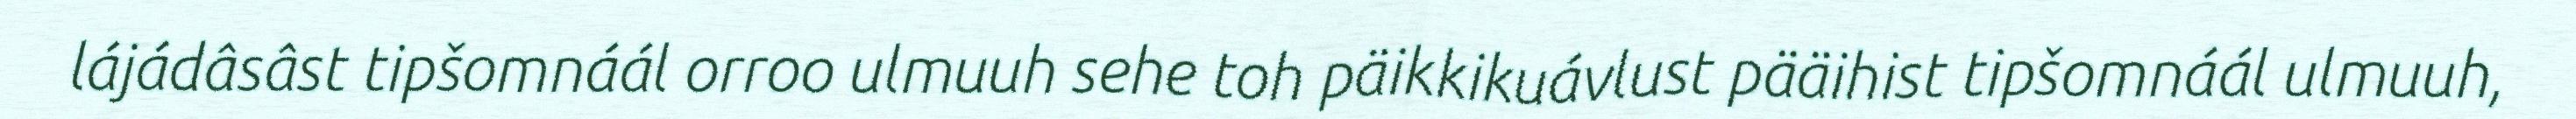
lájádâsâst tipšomnáál orroo ulmuuh sehe toh päikkikuávlust pääihist tipšomnáál ulmuuh,